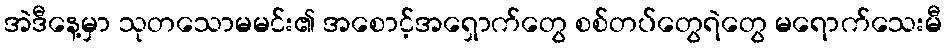
အဲဒီနေ့မှာ သုတသောမမင်း၏ အစောင့်အရှောက်တွေ စစ်တပ်တွေရဲတွေ မရောက်သေးမီ